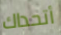
أتحداك